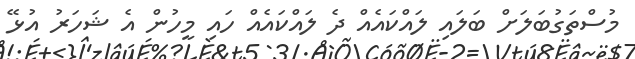
މުސްތަގުބަލަށް ބަލައި ލައްކައެއް ދެ ލައްކައެއް ހައި މީހުން އެ ޝަހަރު އުޅޭ